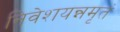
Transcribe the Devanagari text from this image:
निवेशयन्नमृतं